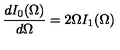
\frac { d I _ { 0 } ( \Omega ) } { d \Omega } = 2 \Omega I _ { 1 } ( \Omega )